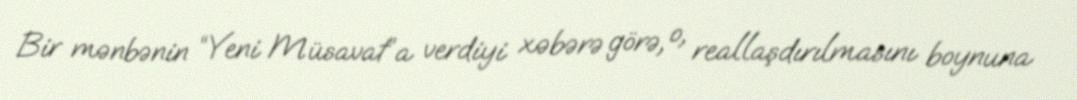
Bir mənbənin “Yeni Müsavat”a verdiyi xəbərə görə, o, reallaşdırılmasını boynuna